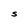
Character: S